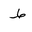
Letter: _da